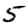
Digit: 5